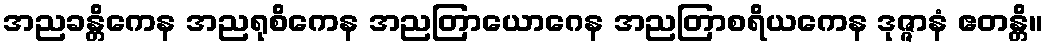
အညခန္တိကေန အညရုစိကေန အညတြာယောဂေန အညတြာစရိယကေန ဒုဇ္ဇာနံ ဧတန္တိ။